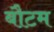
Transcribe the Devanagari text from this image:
बौटम